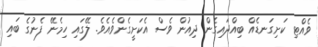
ވެއްޓި ކަށިގަނޑެއް ބިއްދައިގެން ދިއުން ވެސް އެކަށީގެންވެއެވެ. ލޭގައި ހިމެނޭ ފެނުގެ ބައި